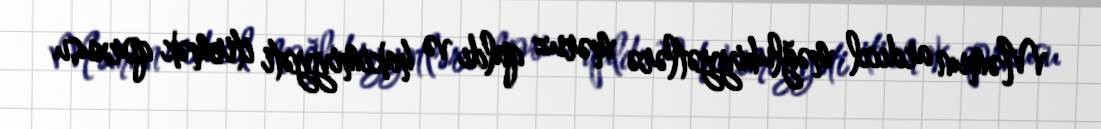
Məmun ardıcıl məğlubiyyətlərə məruz qaldı və hakimiyyəti itirmək qorxusu